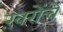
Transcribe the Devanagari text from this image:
ख़रोंचे